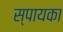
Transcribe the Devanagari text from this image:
स्पायका